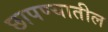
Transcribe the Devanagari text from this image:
छापण्यातील